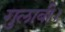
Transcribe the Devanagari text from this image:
गुलाबी।